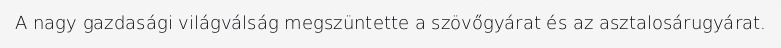
A nagy gazdasági világválság megszüntette a szövőgyárat és az asztalosárugyárat.